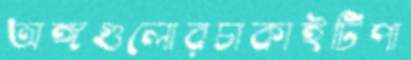
অঙ্গগুলোরচাকাইটিপা